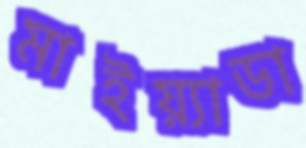
মাইয়্যাডা